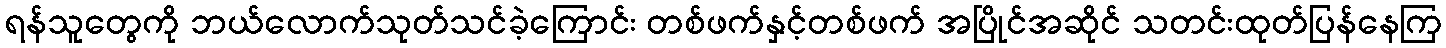
ရန်သူတွေကို ဘယ်လောက်သုတ်သင်ခဲ့ကြောင်း တစ်ဖက်နှင့်တစ်ဖက် အပြိုင်အဆိုင် သတင်းထုတ်ပြန်နေကြ